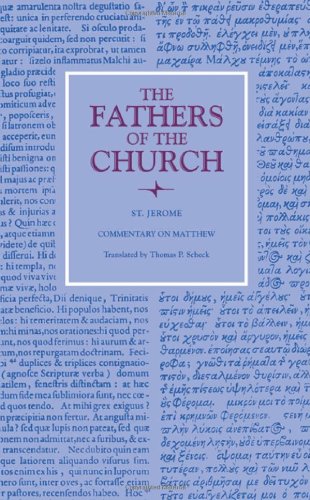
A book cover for Commentary on Matthew (Fathers of the Church Patristic Series); St. Jerome; Christian Books & Bibles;